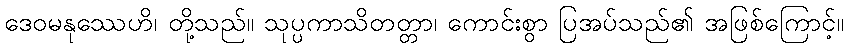
ဒေဝမနုဿေဟိ၊ တို့သည်။ သုပ္ပကာသိတတ္တာ၊ ကောင်းစွာ ပြအပ်သည်၏ အဖြစ်ကြောင့်။